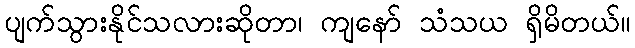
ပျက်သွားနိုင်သလားဆိုတာ၊ ကျနော် သံသယ ရှိမိတယ်။